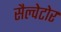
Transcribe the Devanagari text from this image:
सैल्वेटोर